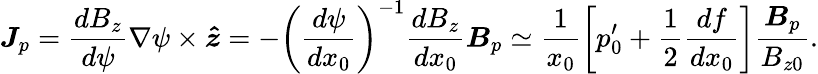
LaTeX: \boldsymbol{J}_{p}=\frac{dB_{z}}{d\psi}\nabla\psi\times\boldsymbol{\hat{z}}=-\left(\frac{d\psi}{dx_{0}}\right)^{-1}\frac{dB_{z}}{dx_{0}}\boldsymbol{B}_{p}\simeq\frac{1}{x_{0}}\left[p_{0}^{\prime}+\frac{1}{2}\frac{df}{dx_{0}}\right]\frac{\boldsymbol{B}_{p}}{B_{z0}}.